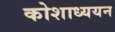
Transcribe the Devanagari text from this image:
कोशाध्ययन